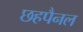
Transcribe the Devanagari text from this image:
छहपैनल